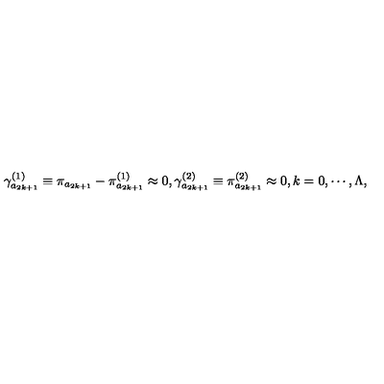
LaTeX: \gamma _ { a _ { 2 k + 1 } } ^ { ( 1 ) } \equiv \pi _ { a _ { 2 k + 1 } } - \pi _ { a _ { 2 k + 1 } } ^ { ( 1 ) } \approx 0 , \gamma _ { a _ { 2 k + 1 } } ^ { ( 2 ) } \equiv \pi _ { a _ { 2 k + 1 } } ^ { ( 2 ) } \approx 0 , k = 0 , \cdots , \Lambda ,